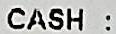
CASH :